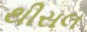
થીસલ